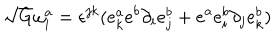
LaTeX: \sqrt { G } \omega _ { i } ^ { a } = \epsilon ^ { j k } ( e _ { k } ^ { a } e ^ { b } \partial _ { i } e _ { j } ^ { b } + e ^ { a } e _ { i } ^ { b } \partial _ { j } e _ { k } ^ { b } )